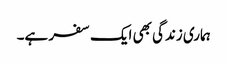
ہماری زندگی بھی ایک سفر ہے۔